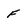
Character: f